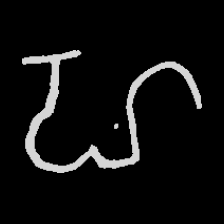
Pyu character \u2014 Myanmar letter: ဟ (romanized: ha)